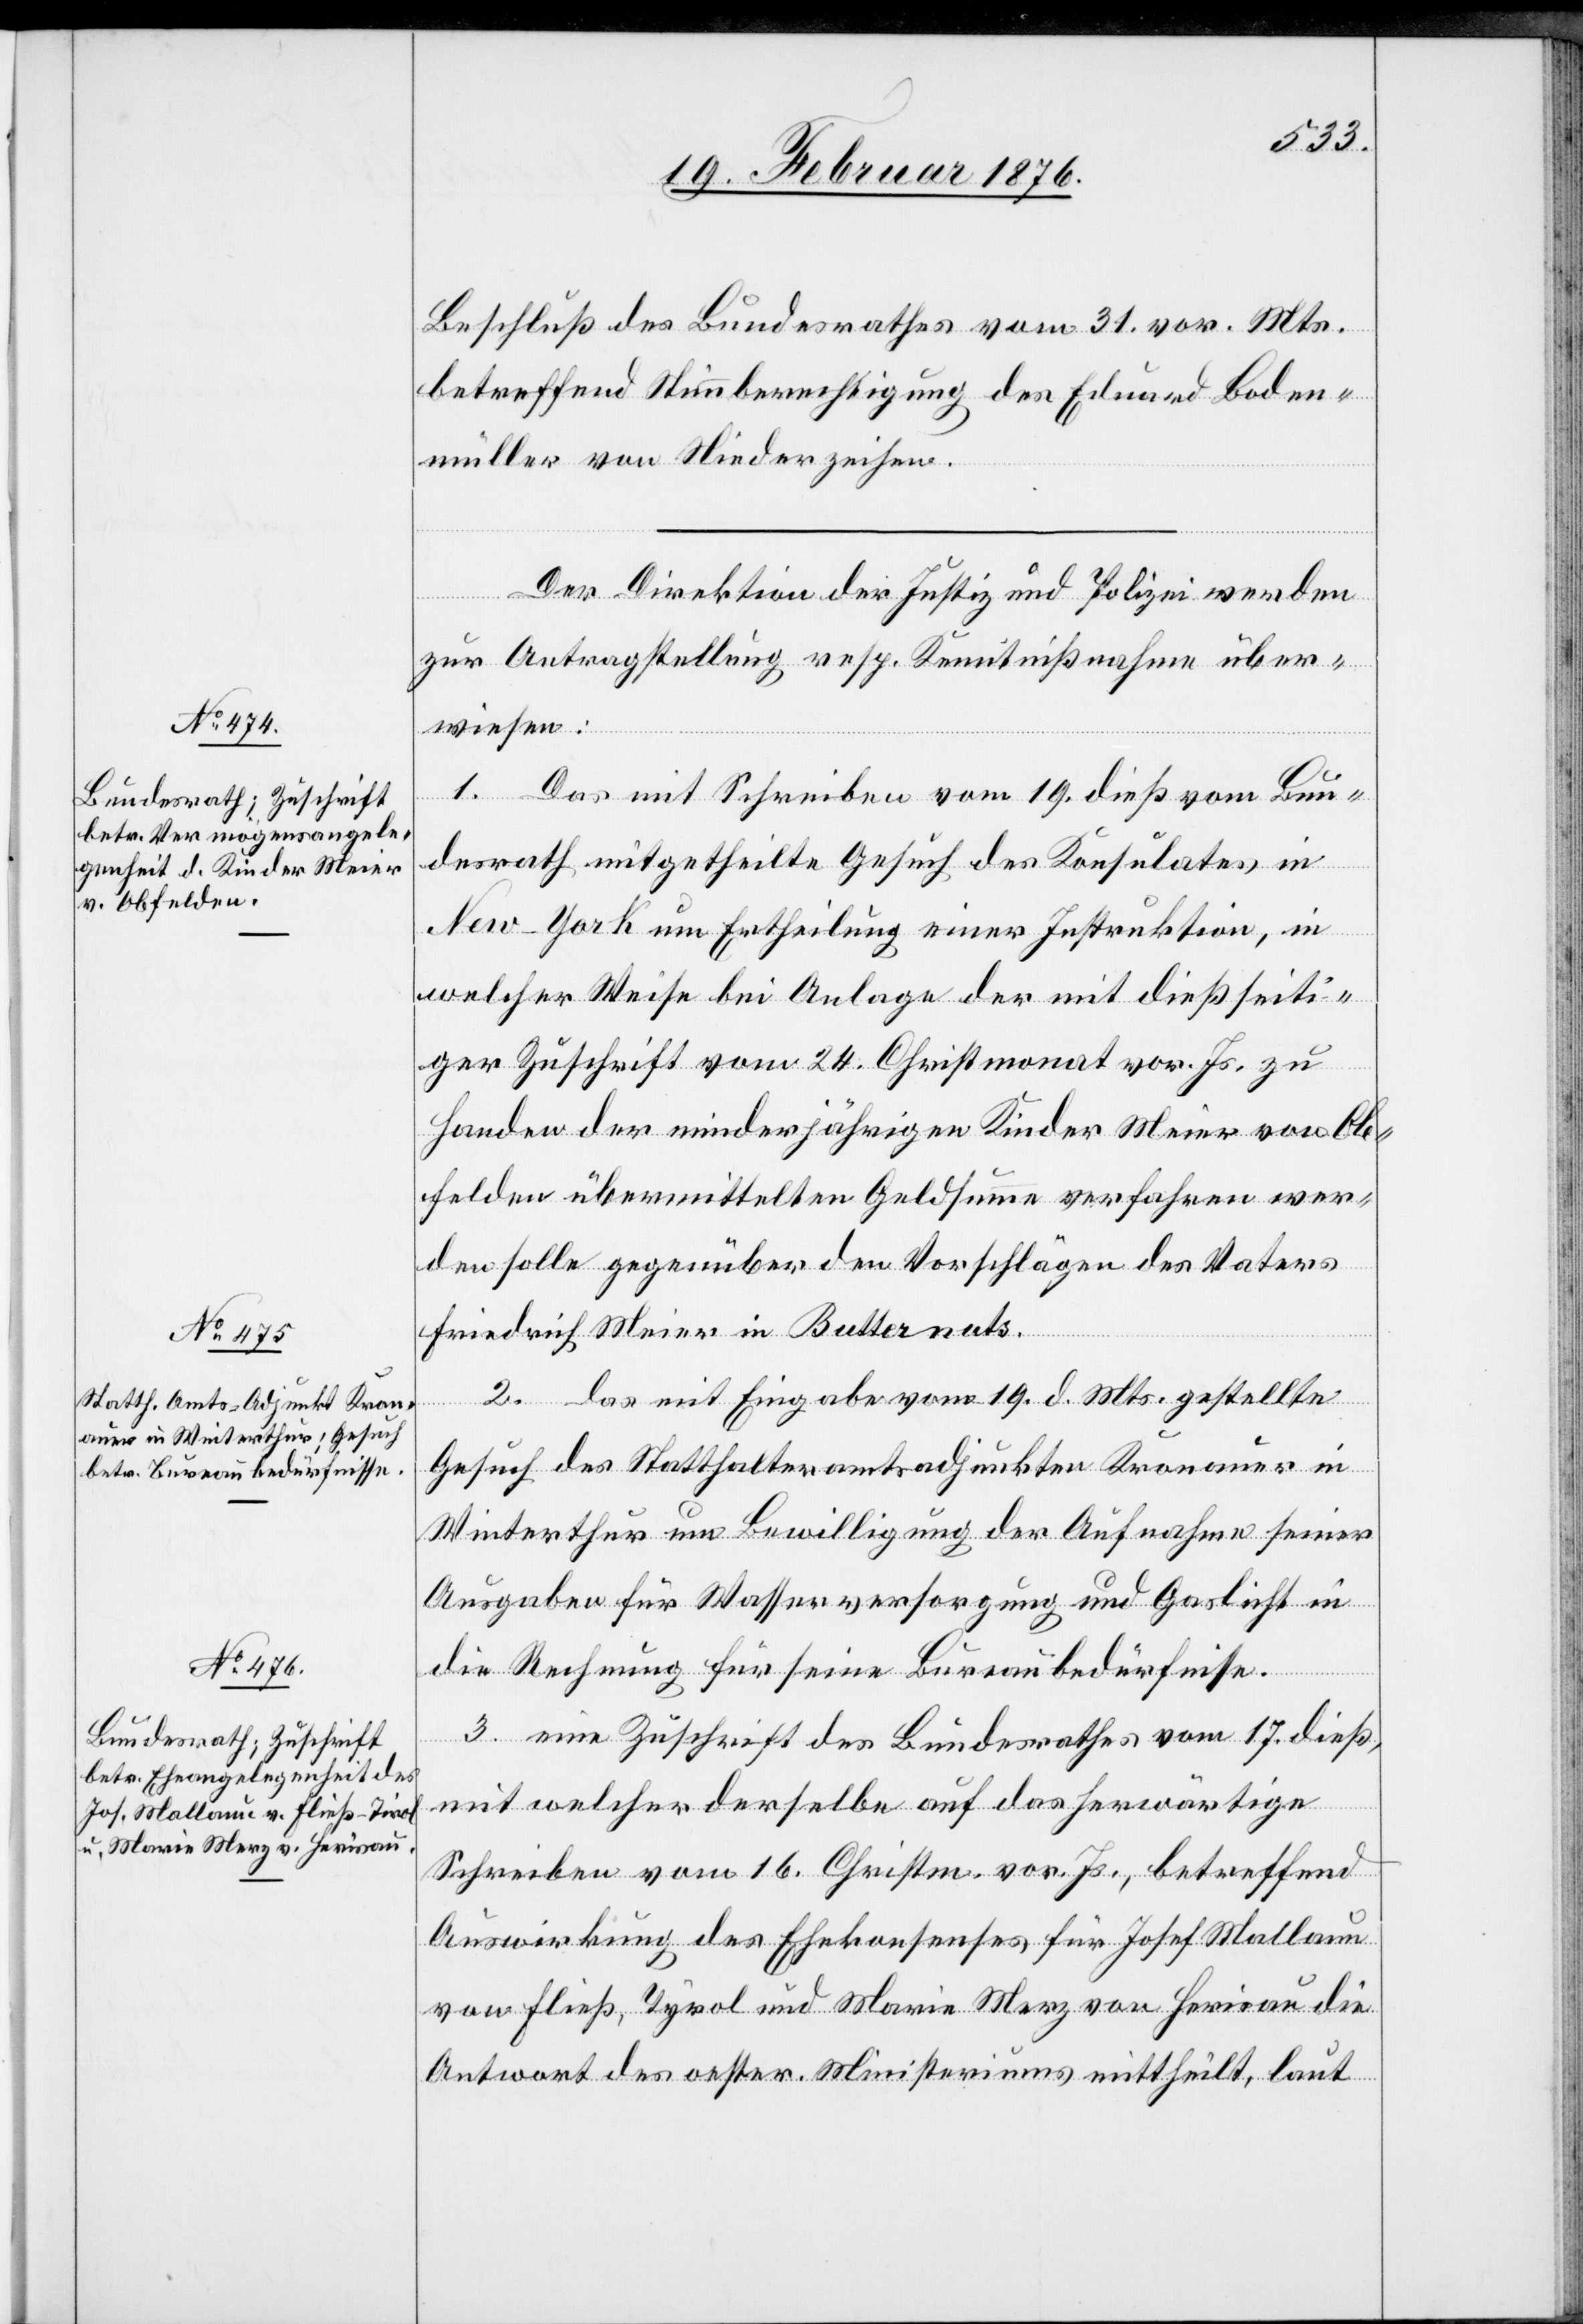
23. Februar 1876.]
Beschluß des Bundesrathes vom 31. vor. Mts.
betreffend Stimmberechtigung des Eduard Boden¬
müller von Niederzeihen.
Der Direktion der Justiz und Polizei werden
zur Antragstellung resp. Kenntnißnahme über¬
wiesen:
1. Das mit Schreiben vom 19. dieß vom Bun¬
desrath mitgetheilte Gesuch des Konsulates in
New-York um Ertheilung einer Instruktion, in
welcher Weise bei Anlage der mit dießseiti¬
ger Zuschrift vom 24. Christmonat vor. Js. zu
Handen der minderjährigen Kinder Meier von Ob¬
felden übermittelten Geldsumme verfahren wer¬
den solle gegenüber den Vorschlägen des Vaters
Friedrich Meier in Butternuts.
2. das mit Eingabe vom 19. d. Mts. gestellte
Gesuch des Statthalteramtsadjunkten Kronauer in
Winterthur um Bewilligung der Aufnahme seiner
Ausgaben für Wasserversorgung und Gaslicht in
die Rechnung für seine Bureaubedürfnisse.
3. eine Zuschrift des Bundesrathes vom 17. dieß,
mit welcher derselbe auf das herwärtige
Schreiben vom 16. Christm. vor. Js., betreffend
Auswirkung des Ehekonsenses für Josef Mallaun
von Fließ, Tyrol und Marie Merz von Herisau die
Antwort des oester. Ministeriums mittheilt, laut